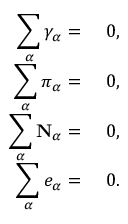
\begin{array} { r l } { \displaystyle \sum _ { \alpha } \gamma _ { \alpha } = } & { { } ~ 0 , } \\ { \displaystyle \sum _ { \alpha } \boldsymbol { \pi } _ { \alpha } = } & { { } ~ 0 , } \\ { \displaystyle \sum _ { \alpha } \mathbf { N } _ { \alpha } = } & { { } ~ 0 , } \\ { \displaystyle \sum _ { \alpha } e _ { \alpha } = } & { { } ~ 0 . } \end{array}